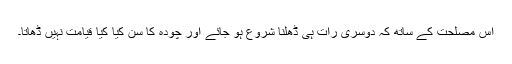
اس مصلحت کے ساتھ کہ دوسری رات ہی ڈھلنا شروع ہو جائے اور چودہ کا سن کیا کیا قیامت نہیں ڈھاتا۔